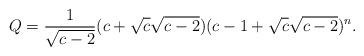
LaTeX: \begin{align*} Q=\frac{1}{\sqrt{c-2}}(c+\sqrt{c}\sqrt{c-2})(c-1+\sqrt{c}\sqrt{c-2})^n.\end{align*}